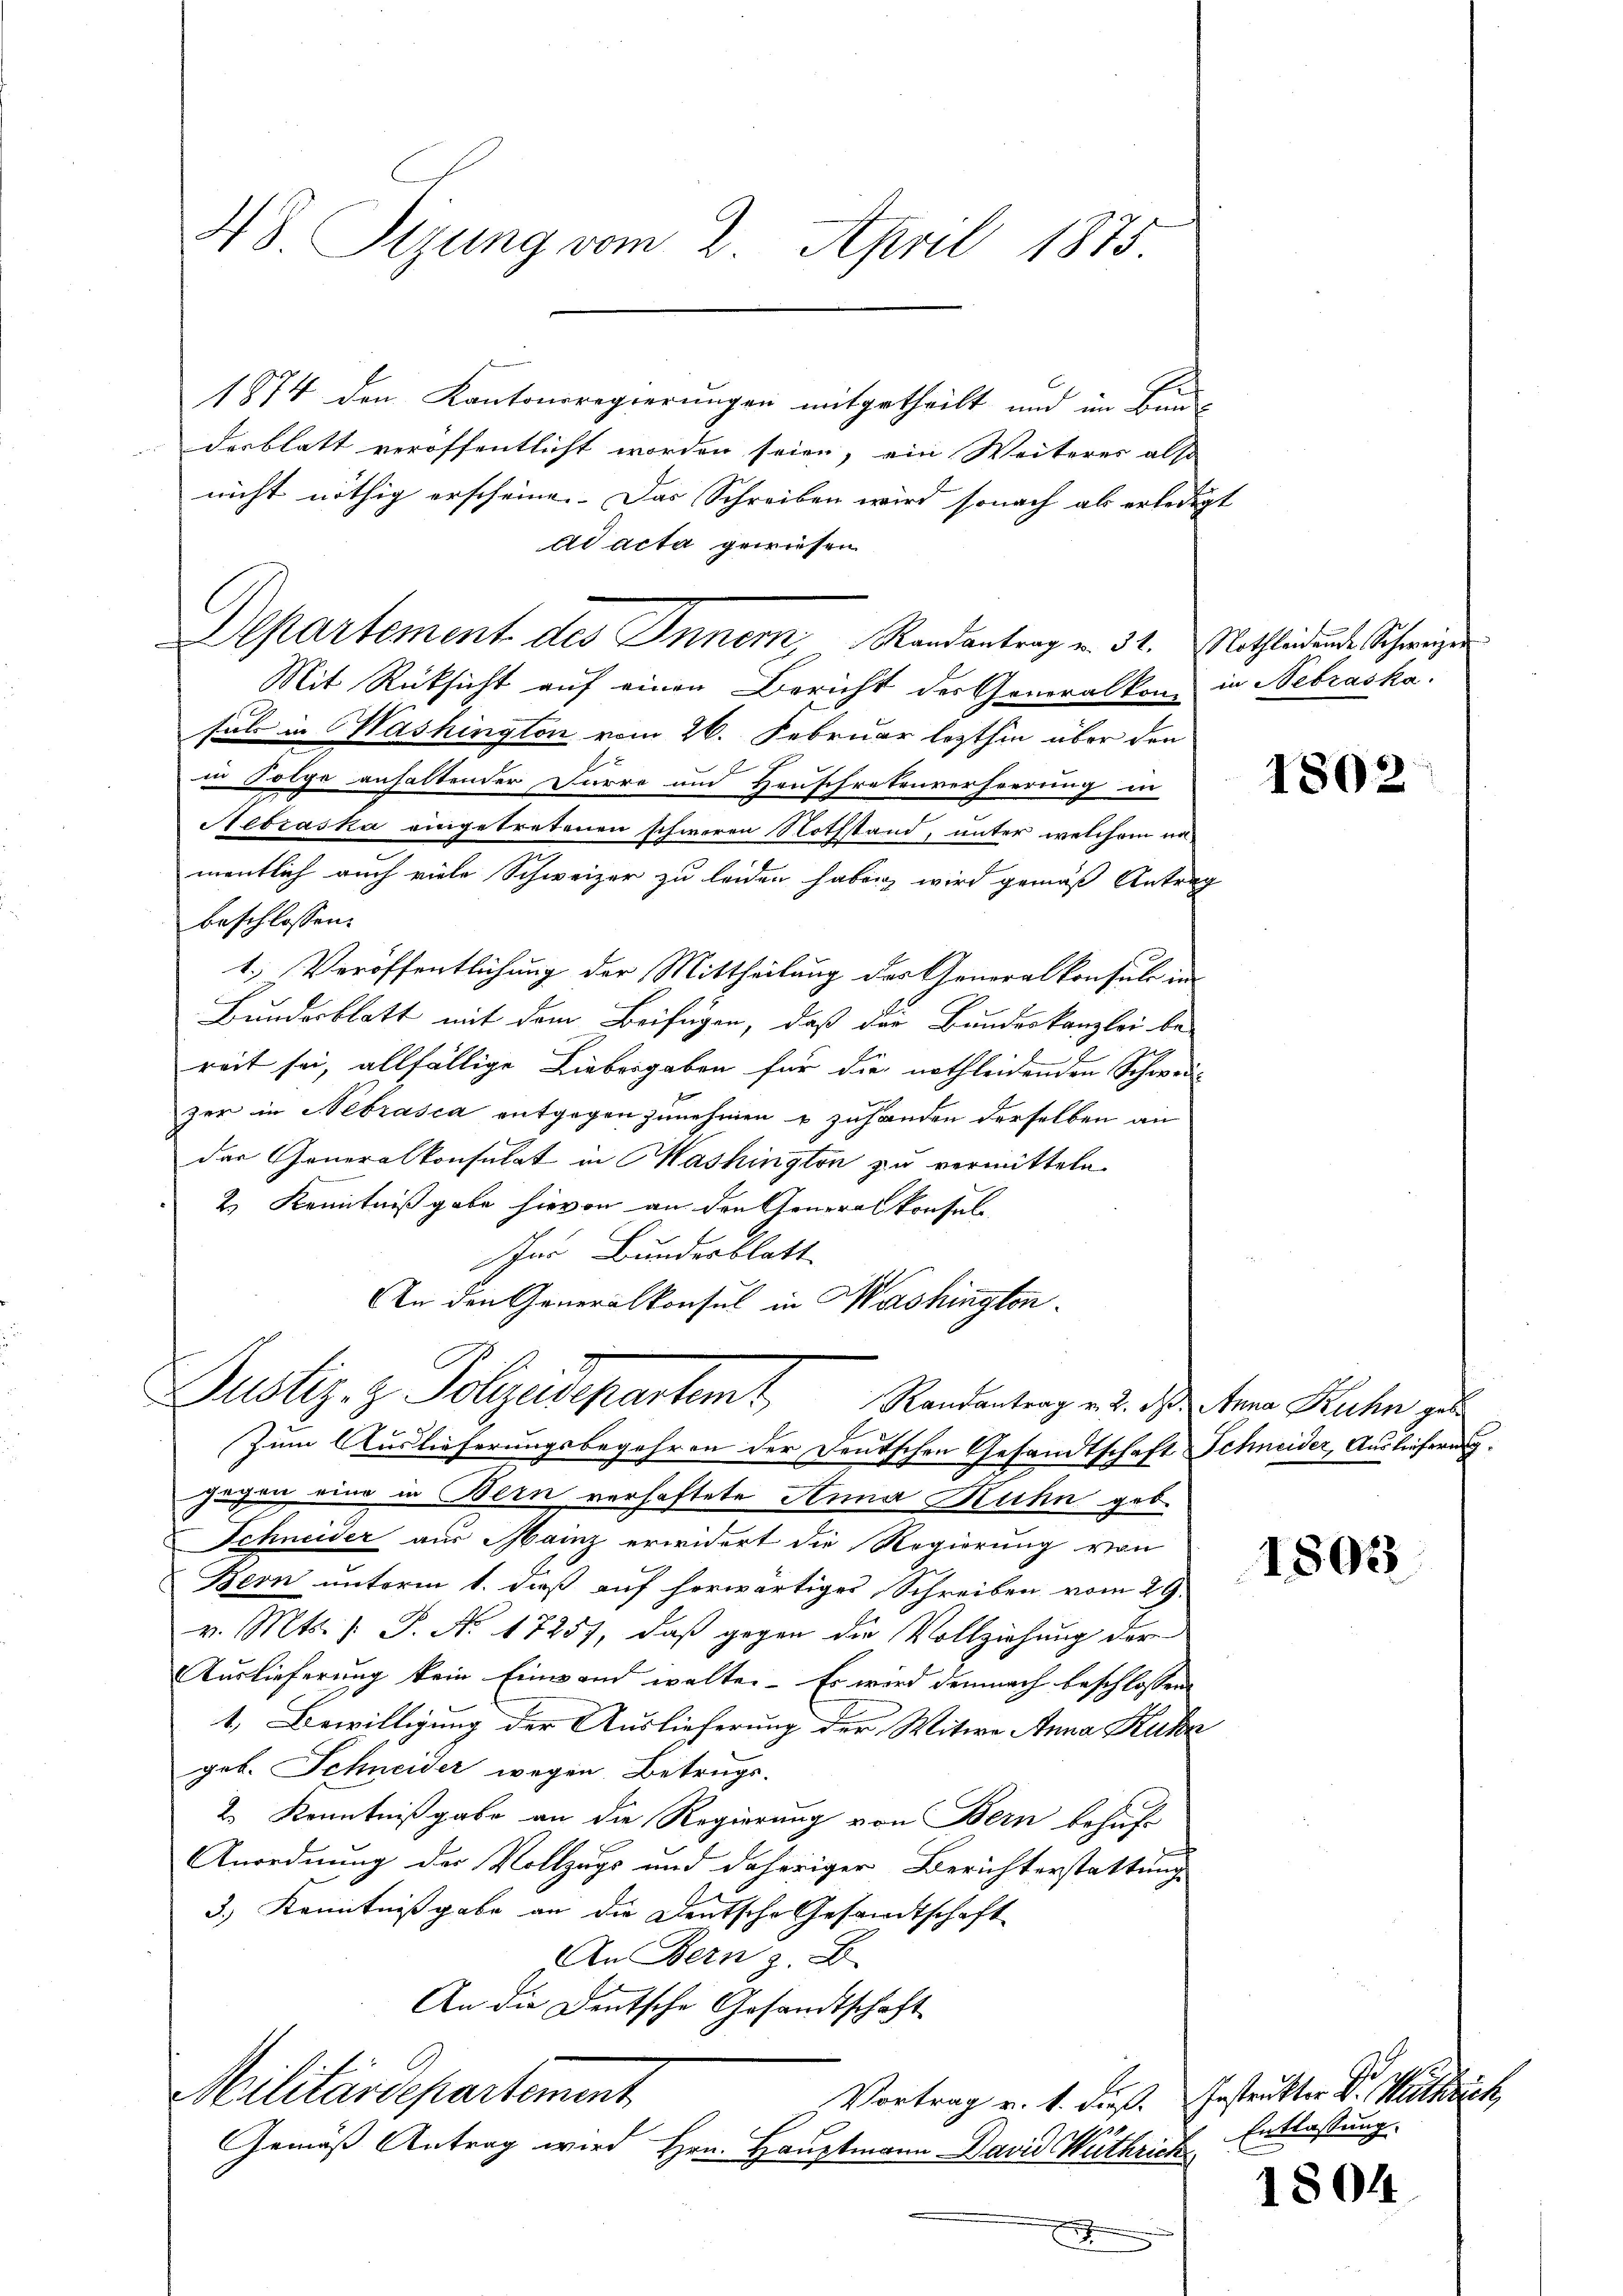
HS. Tizung vom 2. April 1875.

1874 den Kantonsregierungen mitgetheilt und im Bun-
desblatt veröffentlicht worden seien, ein Weiteres also
nicht nöthig erscheinen. Das Schreiben wird sonach als erledigt
ad acta gewiesen
Mit Rücksicht auf einen Bericht der Generalkon in Nebraska
fals in Washington vom 26. Februar lezthin über den
in Folge anhaltender Furro und Hauschretenverheerung in
Nebraska eingetretenen schweren Nothstand, unter welchem na
mentlich auch viele Schweizer zu leiden haben, wird gemäß Antrag
beschlossen:
1.) Veröffentlichung der Mittheilung des Generalkonsule in
Bundesblatt mit dem Beifügen, daß der Bundeskanzlei be-
reit sei, allfällige Liebesgaben für die nothleidenden Schwei-
zer in Nebrasca entgegen zunehmen u zuhanden derselben an
das Generalkonsulat in Mashington zu vermitteln
2.) Kenntnißgabe hievon an den Generalkonsul
Im Bundesblatt
An den Generalkonsul in Washington
Justiz, z. Polizeidepartem Randanterg v. d. d. ferne Ruhen zu
Zum Auslieferungsbegehren der Deutschen Gesandtschaft Schneider, Auslieferung
gegen eine in Bern verhaftete Anna Ruhn geb.
Schneider aus Mainz erwidert die Regierung von
Bern unterm 1. dieß auf herwärtiges Schreiben vom 29.
v. Mts. f. P. Nr. 17257, daß gegen die Vollziehung der
Auslieferung kein Einwand walte. Es wird demnach beschlossen
1. Bewilligung der Auslieferung der Witwe Anna Kuhn
geb. Schneider wegen Betrugs.
2.) Kenntnißgabe an die Regierung von Bern behufe
Anordnung der Vollzugs und daheriger Berichterstattung
3.) Kenntnißgabe an die Deutsche Gesandtschaft
An Bern z. B.
An die Deutsche Gesandtschaft
Militärdepartement
Vortrag v. 1. dieß. Instrukter Dr. Mittrich
Gemäß Antrag wird Hrn. Hauptmann David Wuthrich
.

Departement des Inner, Randantrag u. 31. Nothleidende Schweizer

1802

1802

Entlassung.

1804